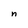
Character: n